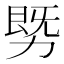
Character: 𰅓